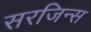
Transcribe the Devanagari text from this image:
सरजिन्स